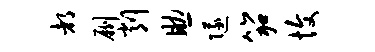
都劂削助隧笳愎